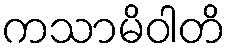
ကသာမိဝါတိ